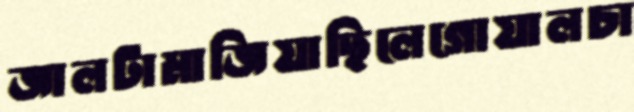
জালটামাজিয়াছিলেগোয়ালচা